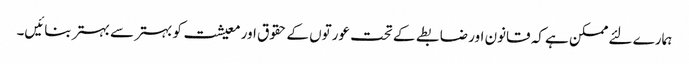
ہمارے لئے ممکن ہے کہ قانون اور ضابطے کے تحت عورتوں کے حقوق اور معیشت کو بہتر سے بہتر بنائیں۔